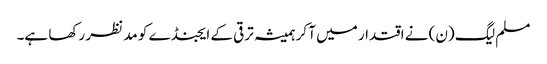
مسلم لیگ (ن) نے اقتدار میں آ کر ہمیشہ ترقی کے ایجنڈے کو مد نظر رکھا ہے۔